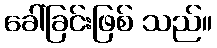
ခေါ်ခြင်းဖြစ် သည်။